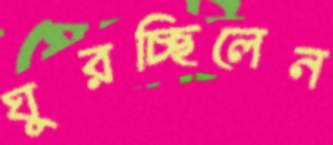
ঘুরচ্ছিলেন